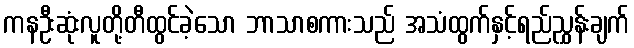
ကနဦးဆုံးလူတို့တီထွင်ခဲ့သော ဘာသာစကားသည် အသံထွက်နှင့်ရည်ညွှန်းချက်